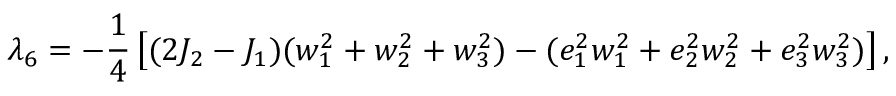
\lambda _ { 6 } = - \frac 1 4 \left[ ( 2 J _ { 2 } - J _ { 1 } ) ( w _ { 1 } ^ { 2 } + w _ { 2 } ^ { 2 } + w _ { 3 } ^ { 2 } ) - ( e _ { 1 } ^ { 2 } w _ { 1 } ^ { 2 } + e _ { 2 } ^ { 2 } w _ { 2 } ^ { 2 } + e _ { 3 } ^ { 2 } w _ { 3 } ^ { 2 } ) \right] ,